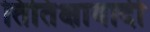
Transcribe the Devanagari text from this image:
तितिक्षावादी